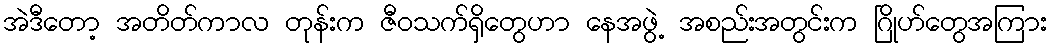
အဲဒီတော့ အတိတ်ကာလ တုန်းက ဇီဝသက်ရှိတွေဟာ နေအဖွဲ့ အစည်းအတွင်းက ဂြိုဟ်တွေအကြား